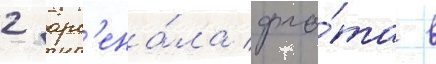
2 арс'ена́ла фло́та в